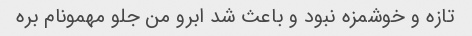
تازه و خوشمزه نبود و باعث شد ابرو من جلو مهمونام بره